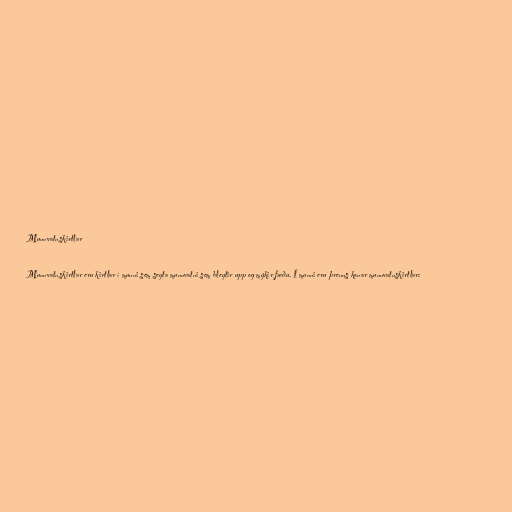
Munnvatnskirtlar

Munnvatnskirtlar eru kirtlar í munni sem seyta munnvatni sem bleytir upp og mýkir fæðu. Í munni eru þrenns konar munnvatnskirtlar: